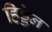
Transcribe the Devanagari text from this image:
हिड्डेन